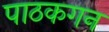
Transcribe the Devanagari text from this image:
पाठकगन